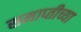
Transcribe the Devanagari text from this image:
समाप्‍तीच्या